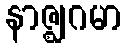
နာဇ္ဈဂမာ